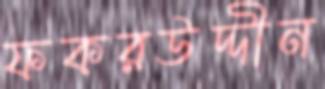
ফকরউদ্দীন